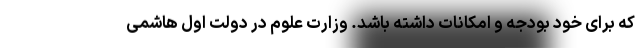
که برای خود بودجه و امکانات داشته باشد. وزارت علوم در دولت اول هاشمی